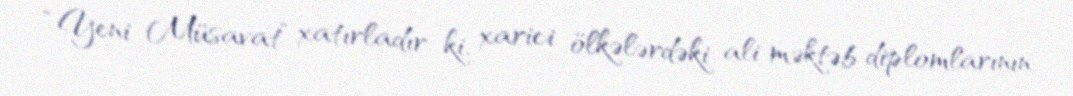
“Yeni Müsavat” xatırladır ki, xarici ölkələrdəki ali məktəb diplomlarının